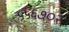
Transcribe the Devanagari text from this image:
५५६७०२